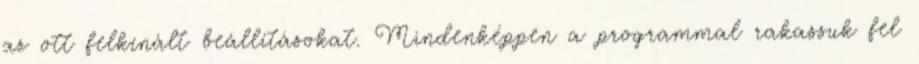
az ott felkínált beállításokat. Mindenképpen a programmal rakassuk fel